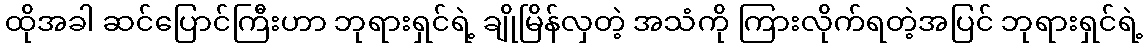
ထိုအခါ ဆင်ပြောင်ကြီးဟာ ဘုရားရှင်ရဲ့ ချိုမြိန်လှတဲ့ အသံကို ကြားလိုက်ရတဲ့အပြင် ဘုရားရှင်ရဲ့